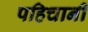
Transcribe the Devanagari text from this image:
पहिचानी